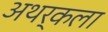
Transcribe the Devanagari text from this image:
अथर्कला